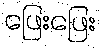
ဖြေးဖြေး